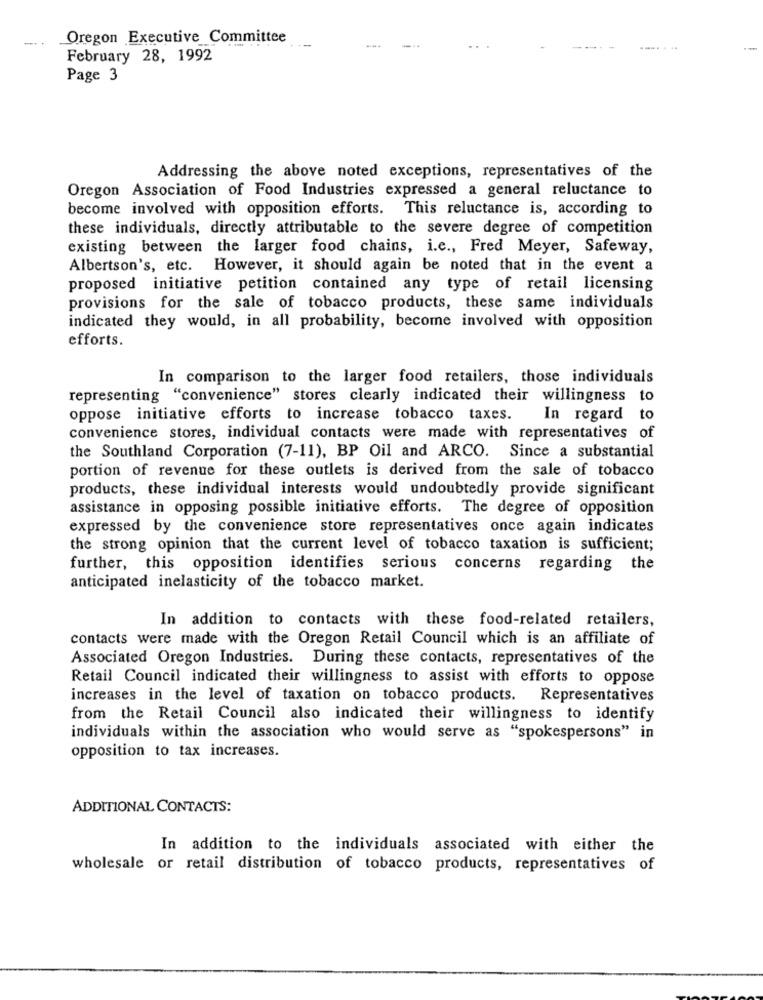
-
Oregon Executive Committee
-"
--.....
--
February 28, 1992
Page 3
Addressing the above noted exceptions, representatives of the
Oregon Association of Food Industries expressed a general reluctance to
become involved with opposition efforts. This reluctance is, according to
these individuals, directly attributable to the severe degree of competition
existing between the larger food chains, i.e ., Fred Meyer, Safeway,
Albertson's, etc. However, it should again be noted that in the event a
proposed initiative petition contained any type of retail licensing
provisions for the sale of tobacco products, these same individuals
indicated they would, in all probability, become involved with opposition
efforts.
In comparison to the larger food retailers, those individuals
representing "convenience" stores clearly indicated their willingness to
oppose initiative efforts to increase tobacco taxes.
In regard to
convenience stores, individual contacts were made with representatives of
the Southland Corporation (7-11), BP Oil and ARCO. Since a substantial
portion of revenue for these outlets is derived from the sale of tobacco
products, these individual interests would undoubtedly provide significant
assistance in opposing possible initiative efforts. The degree of opposition
expressed by the convenience store representatives once again indicates
the strong opinion that the current level of tobacco taxation is sufficient;
further, this opposition identifies serious concerns regarding the
anticipated inelasticity of the tobacco market.
In addition to contacts with these food-related retailers,
contacts were made with the Oregon Retail Council which is an affiliate of
Associated Oregon Industries. During these contacts, representatives of the
Retail Council indicated their willingness to assist with efforts to oppose
increases in the level of taxation on tobacco products. Representatives
from the Retail Council also indicated their willingness to identify
individuals within the association who would serve as "spokespersons" in
opposition to tax increases.
ADDITIONAL CONTACTS:
In addition to the individuals associated with either the
wholesale or retail distribution of tobacco products, representatives of